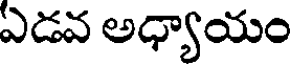
ఏడవ అధ్యాయం